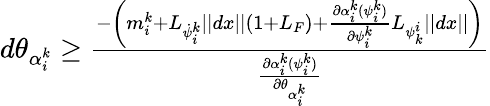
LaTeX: \begin{array}{r}{d\theta_{\alpha_{i}^{k}}\geq\frac{-\left(m_{i}^{k}+L_{\dot{\psi}_{i}^{k}}||dx||(1+L_{F})+\frac{\partial\alpha_{i}^{k}(\psi_{i}^{k})}{\partial\psi_{i}^{k}}L_{\psi_{k}^{i}}||dx||\right)}{\frac{\partial\alpha_{i}^{k}(\psi_{i}^{k})}{\partial\theta_{\alpha_{i}^{k}}}}}\end{array}